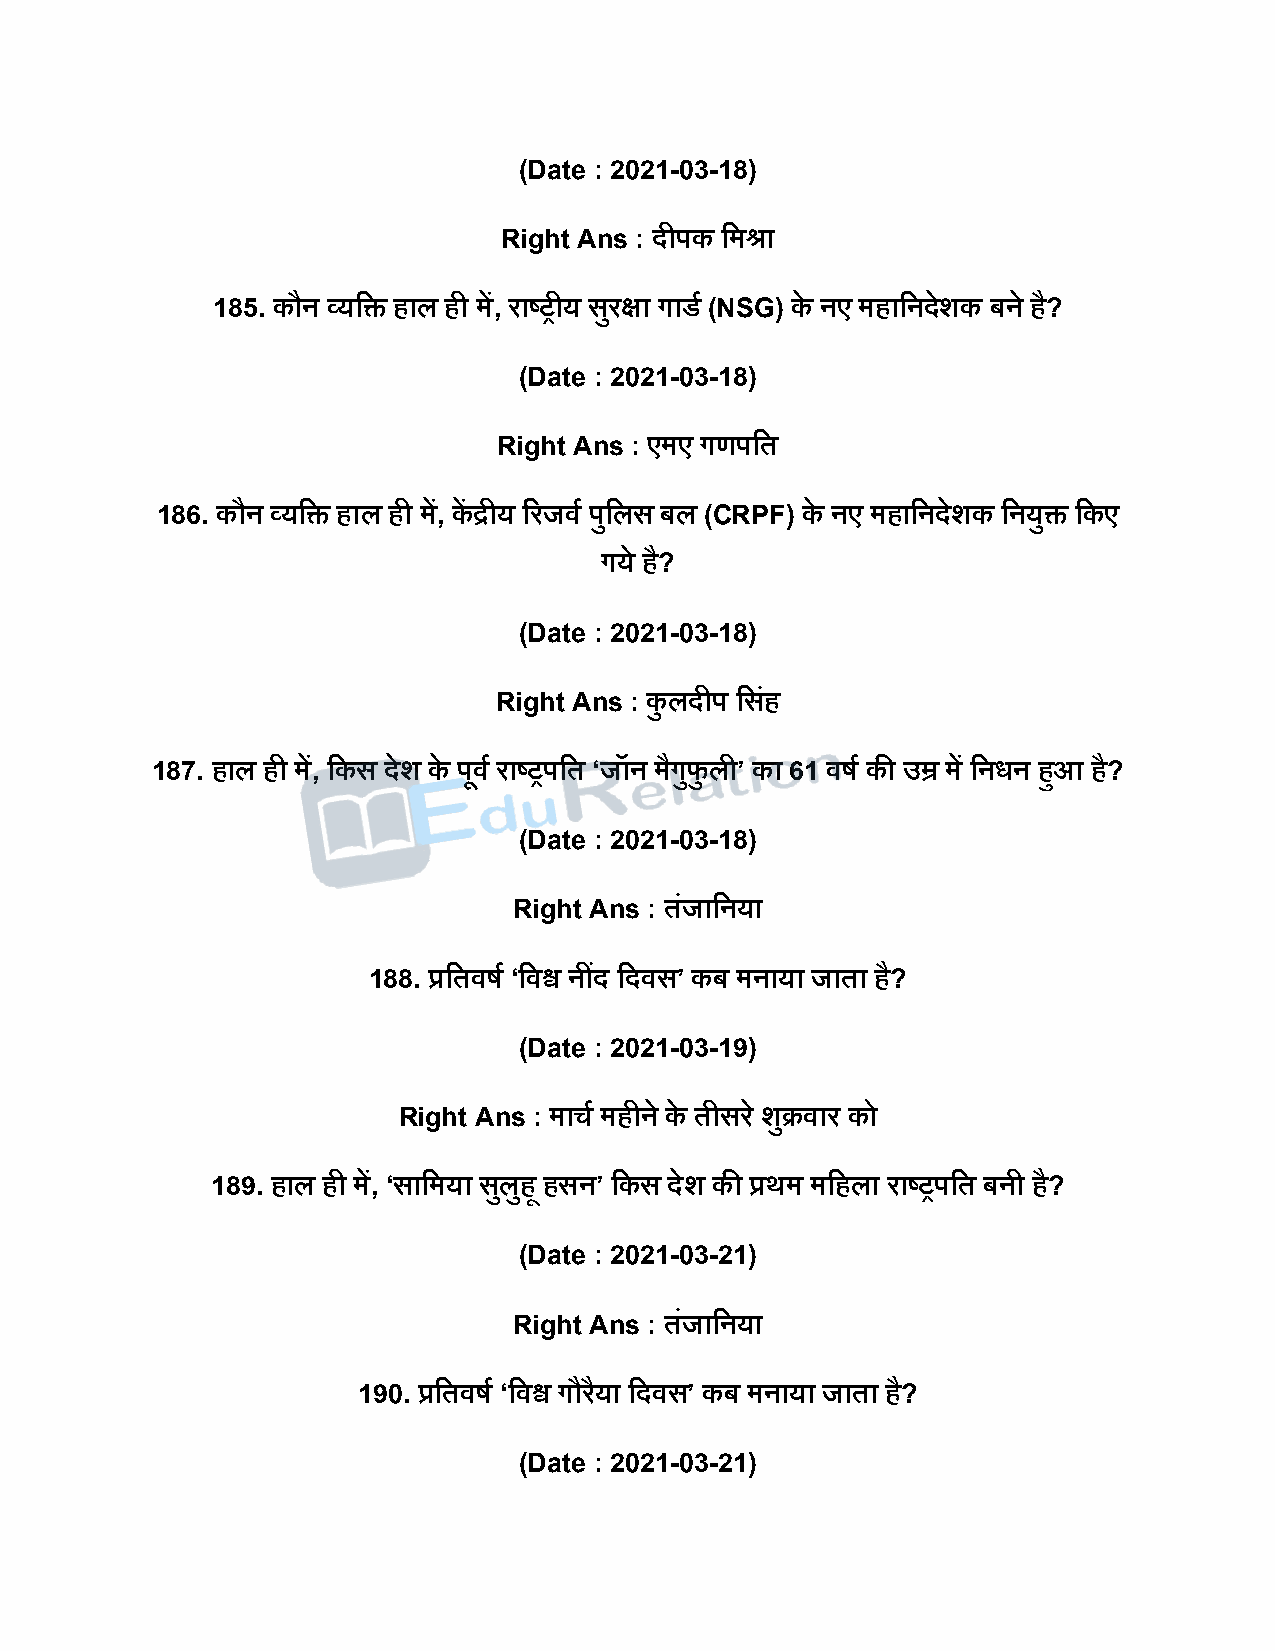
(Date : 2021-03-18)
 Right Ans : िीिक दमश्रा
 185. कौन व्यदि हाल ही में, राष्ट्रीय सरु क्षा गाडष (NSG) के नए महादनिेशक बने है?
 (Date : 2021-03-18)
 Right Ans : एमए गणिदत
 186. कौन व्यदि हाल ही में, कें द्रीय ररजवष िुदलस बल (CRPF) के नए महादनिेशक दनयुि दकए
 गये है?
 (Date : 2021-03-18)
 Right Ans : कु लिीि दसहं
 187. हाल ही में, दकस िेश के िूवष राष्ट्रिदत ‘जॉन मैगुफु ली’ का 61 वर्ष की उम्र में दनधन हुआ है?
 (Date : 2021-03-18)
 Right Ans : तंजादनया
 188. प्रदतवर्ष ‘दवश्व नींि दिवस’ कब मनाया जाता है?
 (Date : 2021-03-19)
 Right Ans : माचष महीने के तीसर े शुक्रवार को
 189. हाल ही में, ‘सादमया सलु ुहू हसन’ दकस िेश की प्रथम मदहला राष्ट्रिदत बनी है?
 (Date : 2021-03-21)
 Right Ans : तंजादनया
 190. प्रदतवर्ष ‘दवश्व गौरैया दिवस’ कब मनाया जाता है?
 (Date : 2021-03-21)